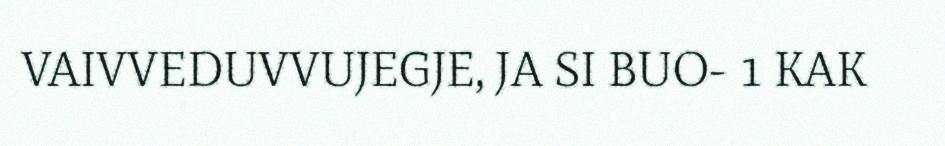
VAIVVEDUVVUJEGJE, JA SI BUO- 1 KAK